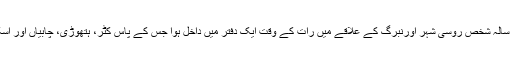
20 نومبر کو 36 سالہ شخص روسی شہر اورنبرگ کے علاقے میں رات کے وقت ایک دفتر میں داخل ہوا جس کے پاس کٹر، ہتھوڑی، چابیاں اور اسکرو ڈرائیور تھے۔